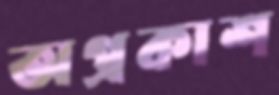
অপ্রকাশ